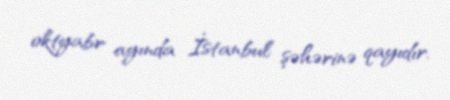
oktyabr ayında İstanbul şəhərinə qayıdır.